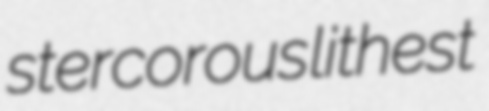
stercorous lithest